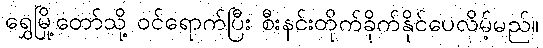
ရွှေမြို့တော်သို့ ဝင်ရောက်ပြီး စီးနင်းတိုက်ခိုက်နိုင်ပေလိမ့်မည်။